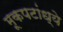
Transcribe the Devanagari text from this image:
मूकपटांध्ये